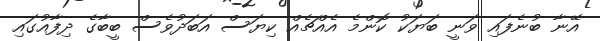
އޭނާ ބުނެފައި ވަނީ ބަޔަކު ކޮންމެ އެއްޗެއް ކިޔަސް އަބަދުވެސް ބީބާގެ ދިފާއުގައި